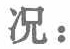
况：